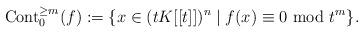
LaTeX: \begin{align*}\textnormal{Cont}_{0}^{\geq m}(f):=\{x\in (tK[[t]])^{n}\mid f(x)\equiv 0\textnormal{ mod }t^{m}\}.\end{align*}